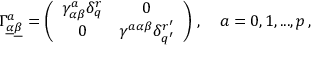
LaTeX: \Gamma _ { \underline { { \alpha } } \underline { { \beta } } } ^ { a } = \left( \begin{array} { c c } { { \gamma _ { \alpha \beta } ^ { a } \delta _ { q } ^ { r } } } & { { 0 } } \\ { { 0 } } & { { \gamma ^ { a \alpha \beta } \delta _ { q ^ { \prime } } ^ { r ^ { \prime } } } } \end{array} \right) \, , \quad a = 0 , 1 , . . . , p \, ,